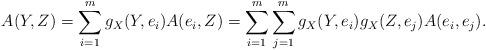
LaTeX: \begin{align*}A(Y,Z) =\sum_{i=1}^m g_X(Y,e_i)A(e_i,Z)=\sum_{i=1}^m \sum_{j=1}^m g_X(Y,e_i) g_X(Z,e_j)A(e_i,e_j).\end{align*}